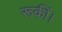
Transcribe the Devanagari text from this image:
रूकीं।